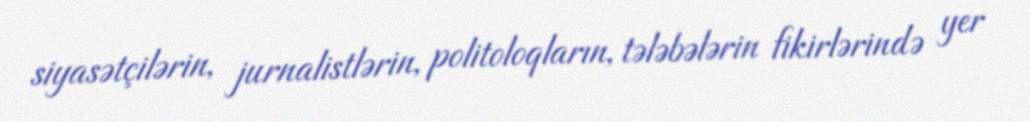
siyasətçilərin, jurnalistlərin, politoloqların, tələbələrin fikirlərində yer